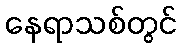
နေရာသစ်တွင်